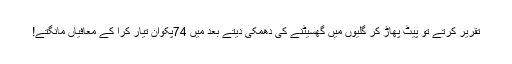
تقریر کرتے تو پیٹ پھاڑ کر گلیوں میں گھسیٹنے کی دھمکی دیتے بعد میں 74پکوان تیار کرا کے معافیاں مانگتے!